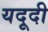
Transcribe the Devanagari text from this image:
यदूदी